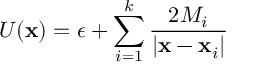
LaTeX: U ( { \bf x } ) = \epsilon + \sum _ { i = 1 } ^ { k } \frac { 2 M _ { i } } { | { \bf x } - { \bf x } _ { i } | }